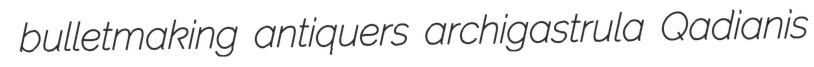
bulletmaking antiquers archigastrula Qadianis